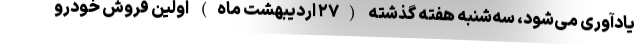
یادآوری می‌شود، سه‌شنبه هفته گذشته (۲۷ اردیبهشت ماه) اولین فروش خودرو